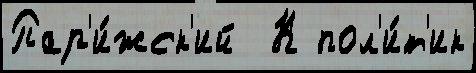
Пар'и́жск'ий  К пол'и́т'ик